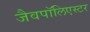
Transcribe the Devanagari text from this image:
जैवपॉलिएस्टर